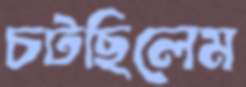
চটছিলেম